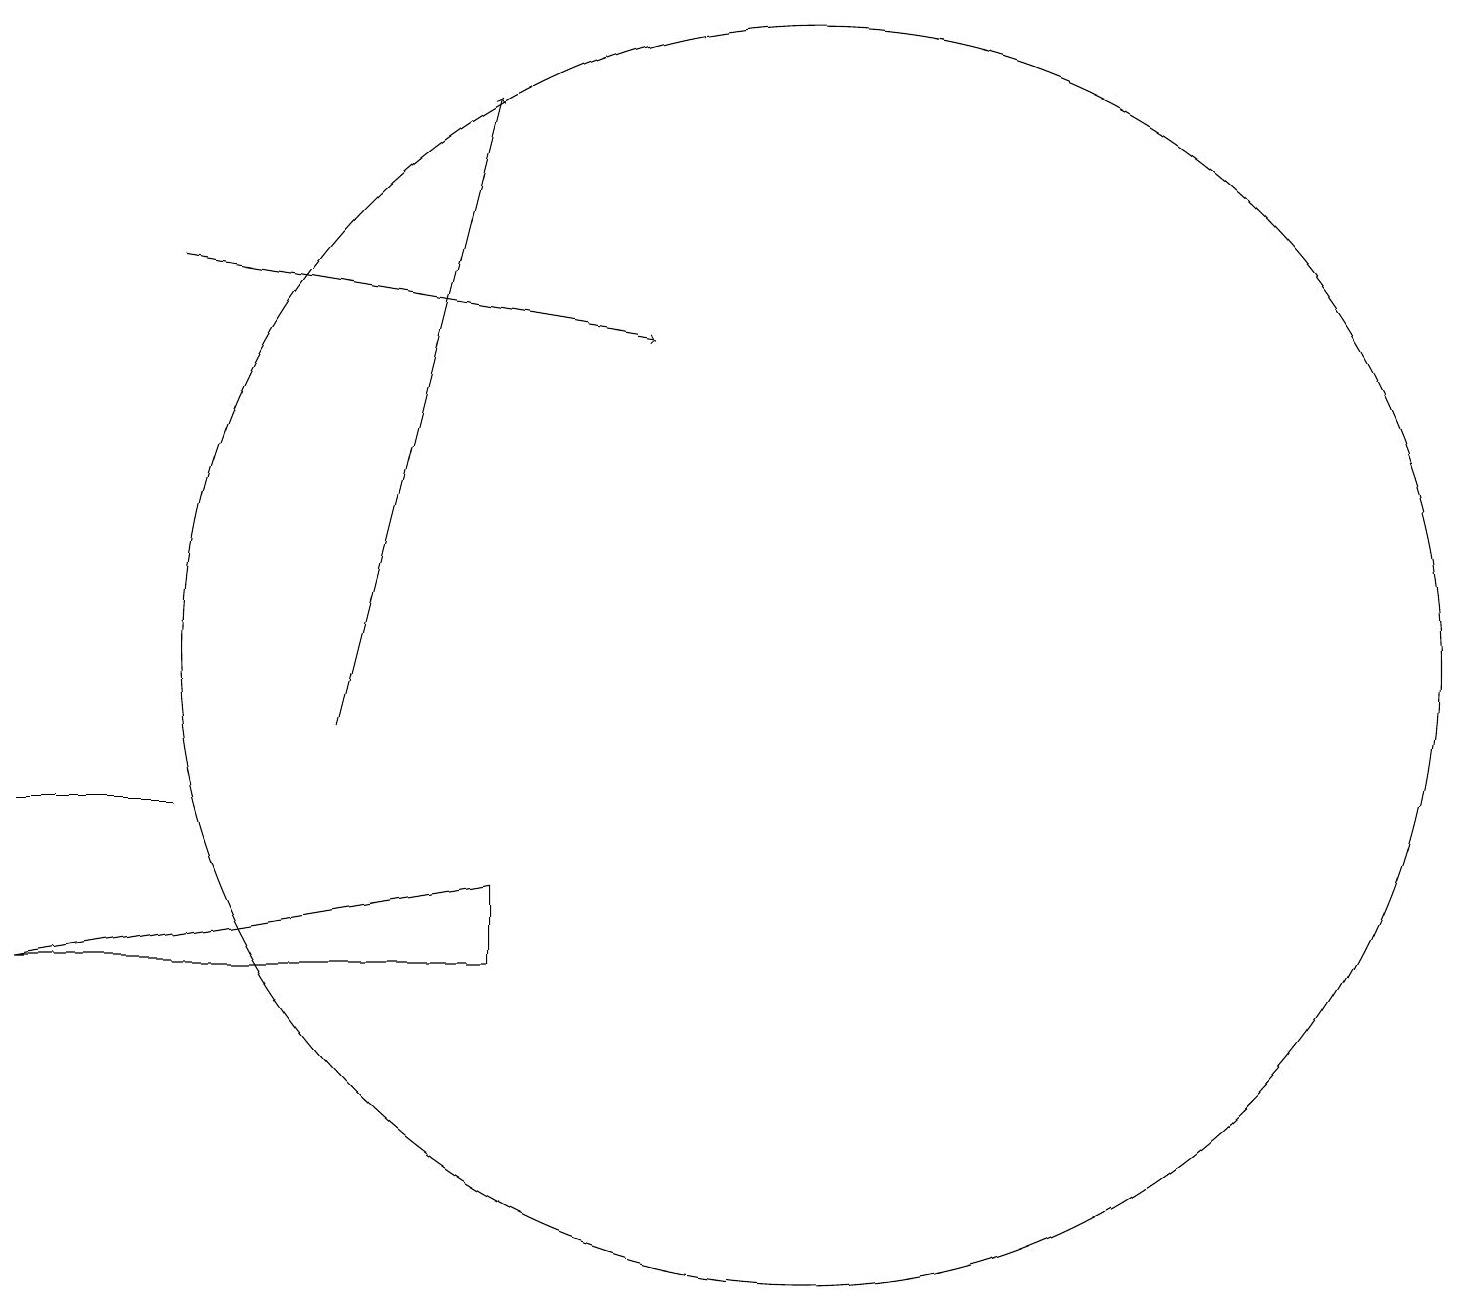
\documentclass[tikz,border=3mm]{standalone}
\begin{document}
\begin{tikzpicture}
\draw (10,12) circle (8);
\draw (2,10) rectangle (0,10);
\draw[->] (4,11) -- (6,19);
\draw (0,8) -- (6,8) -- (6,9) -- cycle;
\draw[->] (2,17) -- (8,16);
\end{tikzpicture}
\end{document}